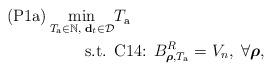
LaTeX: \begin{align*}\begin{aligned}\textrm{(P1a)}\min_{T_{\textrm{a}}\in \mathbb{N}, \; \mathbf{d}_{t} \in \mathcal{D}}& T_{\textrm{a}} \\\textrm{s.t.}\;\, & \textrm{C14: } B^R_{\boldsymbol{\rho},T_{\textrm{a}}} = V_{n},\;\forall\boldsymbol{\rho},\end{aligned}\end{align*}